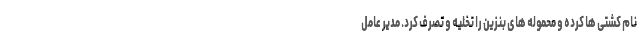
نام کشتی ها کرده و محموله های بنزین را تخلیه و تصرف کرد. مدیر عامل